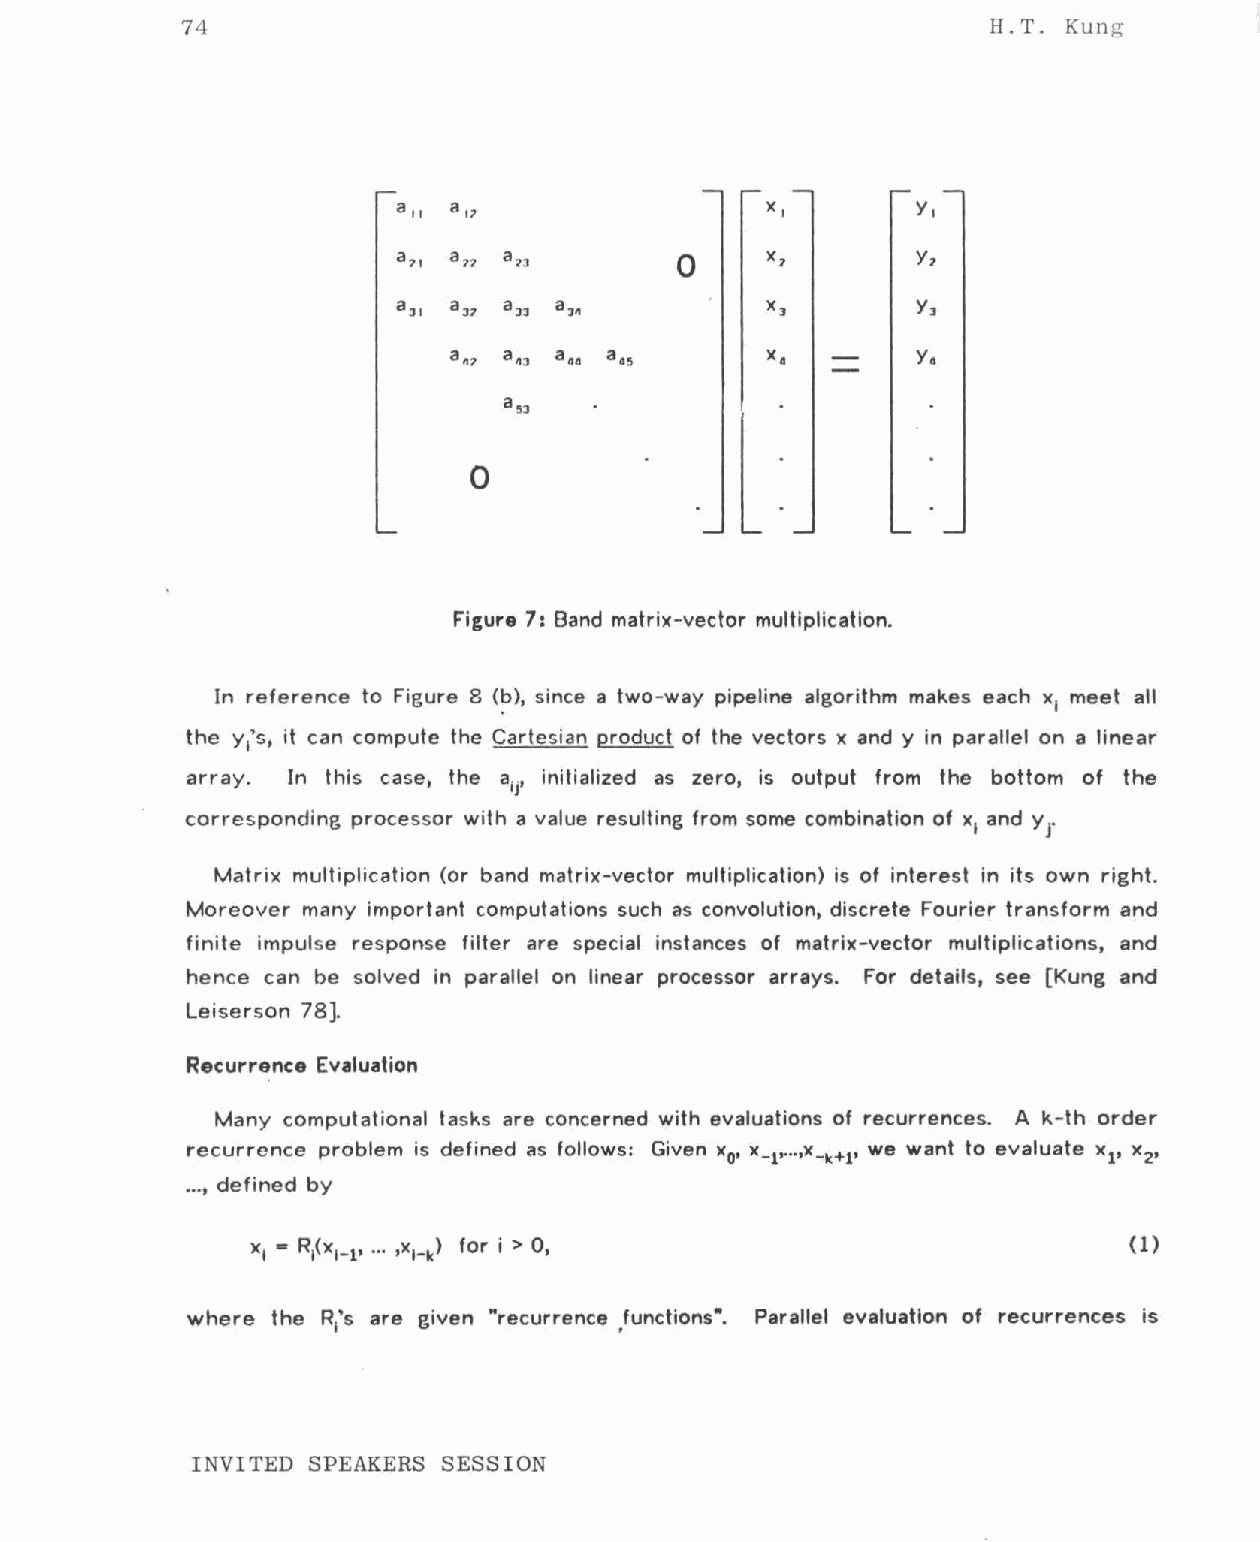
74                                                    H.T. Kung
 a"  a 11                 x,        y,
 a?, an an         0     x7        Yz
 al, al7 all al.         XJ        YJ
 a.? a.l a •• a.5     x.        Y.
 a5l
 l
 0
 Figure 7: Band matrix-vector multiplication.
 <?>,
 In reference to Figure 8 since a two-way pipeline algorithm makes each x meet all
 1
 the y 's, it can compute the Cartesian product of the vectors x and y in parallel on a linear
 1
 array. In this case, the aj, initialized as zero, is output from the bottom of the
 1
 Yr
 corresponding processor with a value resulting from some combination of x and
 1
 Matrix multiplication (or band matrix-vector multiplication) is of interest in its own right.
 Moreover many important computations such as convolution, discrete Fourier transform and
 finite impulse response filter are special instances of matrix-vector multiplications, and
 hence can be solved in parallel on linear processor arrays. For details, see [Kung and
 Leiserson 78].
 Recurrence Evaluation
 Many computational tasks are concerned with evaluations of recurrences. A k-th order
 recurrence problem is defined as follows: Given x , x_l'. .. ,x_k+l' we want to evaluate xl' x ,
 0                           2
 ... , defined by
 where the R's are given "recurrence functions". Parallel evaluation of recurrences is
 1
 INVITED SPEAKERS SESSION